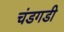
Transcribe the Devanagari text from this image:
चंडगडी